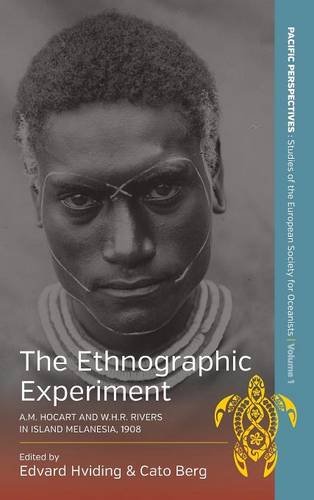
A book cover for The Ethnographic Experiment: A.M. Hocart and W.H.R. Rivers in Island Melanesia, 1908 (Pacific Perspectives); History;